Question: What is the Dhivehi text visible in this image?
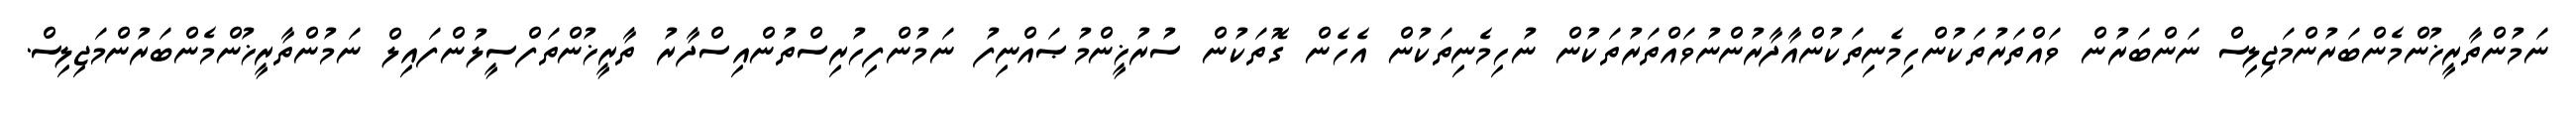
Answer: ނަމުންތާރީޚުންމެންބަރުންމަޖިލިސް ނަންބަރުން ވައްތަރުތަކުންހިމެނިތަކުންއާދާރުންނުވައްތަރުތަކުން ނުހިމެނިތަކުން އެހެން ގޮތަކުން ސުރުޚީންމުޞައްނިފު ނަމުންފިހުރިސްތުންއިސްދާރު ތާރީޚުންތަފްސީލުންފައިލް ނަމުންތާރީޚުންމެންބަރުންމަޖިލިސް.